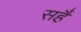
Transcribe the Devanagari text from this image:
सहैं